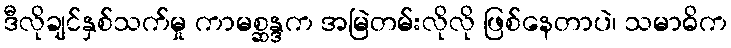
ဒီလိုချင်နှစ်သက်မှု ကာမစ္ဆန္ဒက အမြဲတမ်းလိုလို ဖြစ်နေတာပဲ၊ သမာဓိက